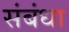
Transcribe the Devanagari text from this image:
संबंधा